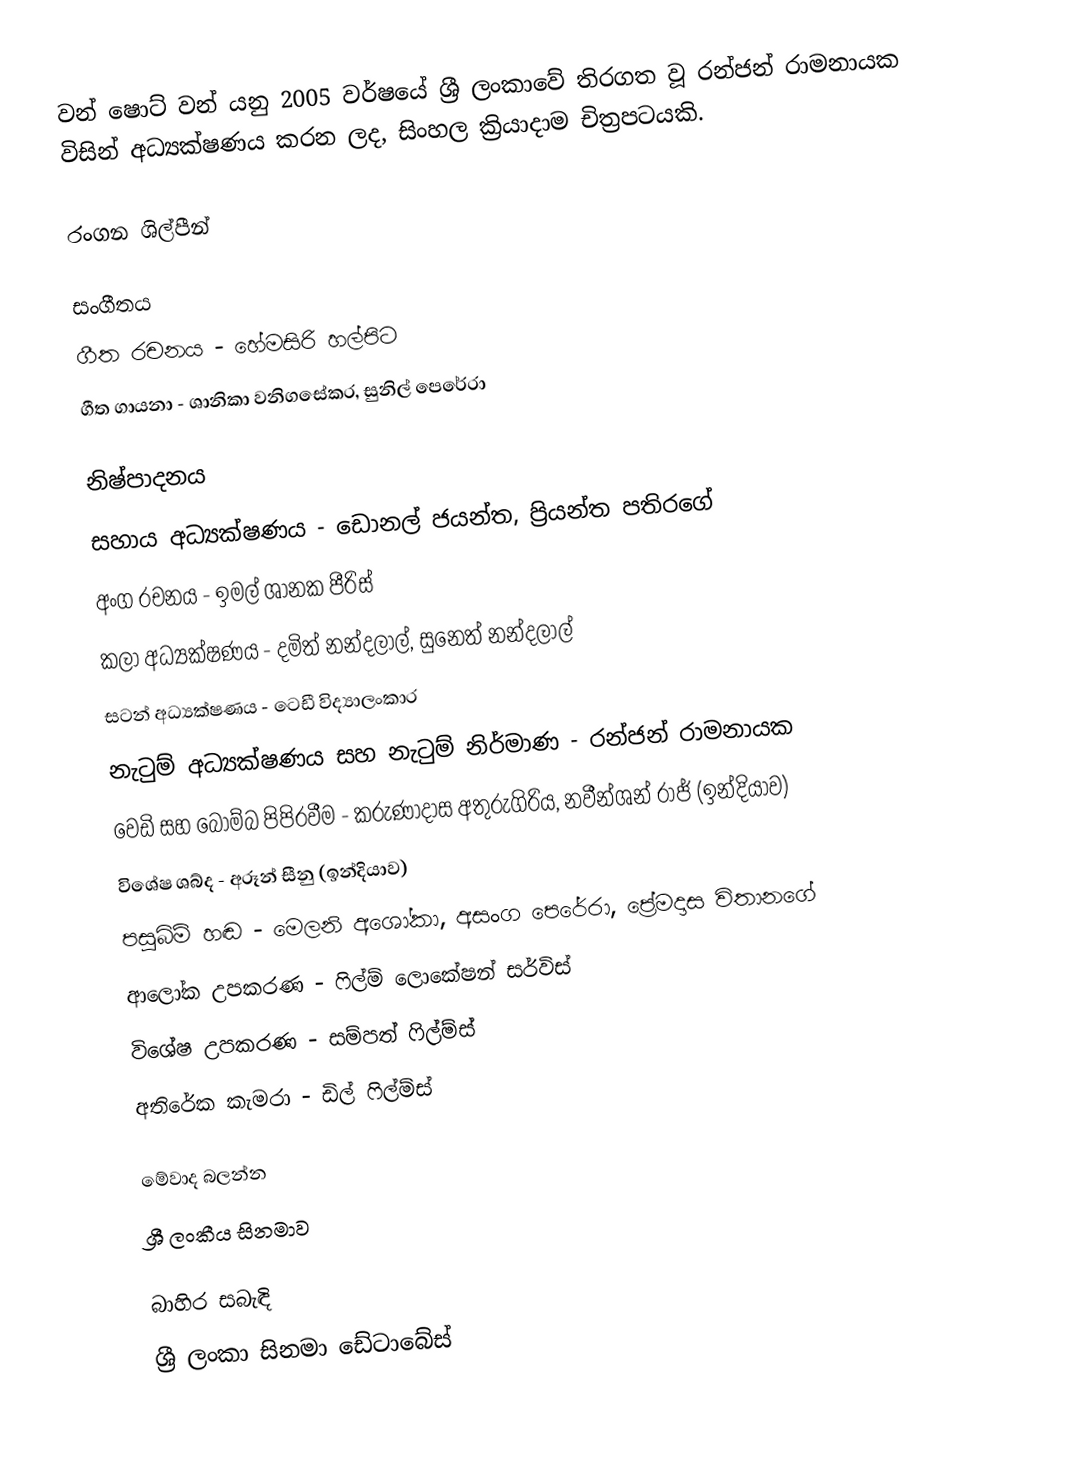
වන් ෂොට් වන් යනු 2005 වර්ෂයේ ශ්‍රී ලංකාවේ තිරගත වූ රන්ජන් රාමනායක විසින් අධ්‍යක්ෂණය කරන ලද, සිංහල ක්‍රියාදාම චිත්‍රපටයකි.

රංගන ශිල්පීන්

සංගීතය
ගීත රචනය - හේමසිරි හල්පිට
ගීත ගායනා - ශානිකා වනිගසේකර, සුනිල් පෙරේරා

නිෂ්පාදනය
සහාය අධ්‍යක්ෂණය - ඩොනල් ජයන්ත, ප්‍රියන්ත පතිරගේ
අංග රචනය - ඉමල් ශානක පීරිස්
කලා අධ්‍යක්ෂණය - දමිත් නන්දලාල්, සුනෙත් නන්දලාල්
සටන් අධ්‍යක්ෂණය - ටෙඩී විද්‍යාලංකාර
නැටුම් අධ්‍යක්ෂණය සහ නැටුම් නිර්මාණ - රන්ජන් රාමනායක
වෙඩි සහ බෝම්බ පිපිරවීම - කරුණාදාස අතුරුගිරිය, නවීන්ශන් රාජ් (ඉන්දියාව)
විශේෂ ශබ්ද - අරූන් සීනු (ඉන්දියාව)
පසුබිම් හඬ - මෙලනි අශෝකා, අසංග පෙරේරා, ප්‍රේමදාස විතානගේ
ආලෝක උපකරණ - ෆිල්ම් ලොකේෂන් සර්විස්
විශේෂ උපකරණ - සම්පත් ෆිල්ම්ස්
අතිරේක කැමරා - ඩිල් ෆිල්ම්ස්

මේවාද බලන්න
ශ්‍රී ලංකීය සිනමාව

බාහිර සබැඳි
ශ්‍රී ලංකා සිනමා ඩේටාබේස්